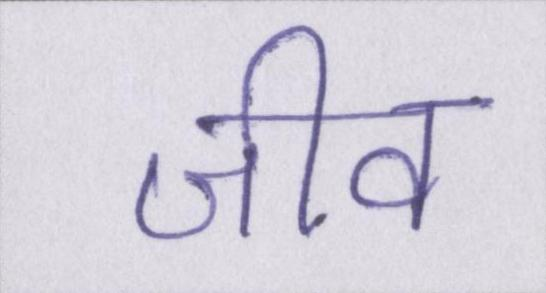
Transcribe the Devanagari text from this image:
जीव